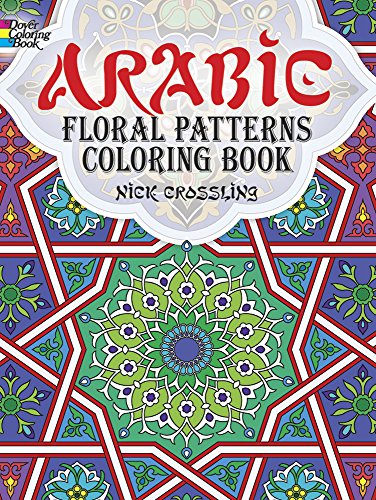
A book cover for Arabic Floral Patterns Coloring Book (Dover Design Coloring Books); Nick Crossling; Science & Math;